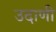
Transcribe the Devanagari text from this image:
उदाणी